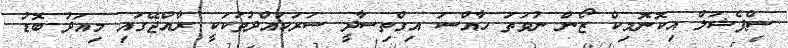
ސްޕެޝަލް އިކޮނޮމިކް ޒޯން ނުވަތަ ހާއްސަ އިގްތިސާދީ ސަރަހައްދުތަކަކީ ރާއްޖޭގައި މިއަދު ބޮޑު